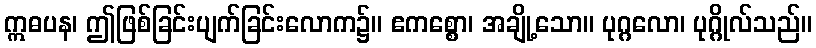
ဣဓပန၊ ဤဖြစ်ခြင်းပျက်ခြင်းလောက၌။ ဧကစ္စော၊ အချို့သော။ ပုဂ္ဂလော၊ ပုဂ္ဂိုလ်သည်။